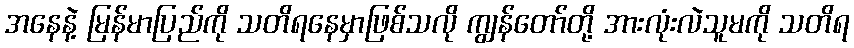
အနေနဲ့ မြန်မာပြည်ကို သတိရနေမှာဖြစ်သလို ကျွန်တော်တို့ အားလုံးလဲသူမကို သတိရ